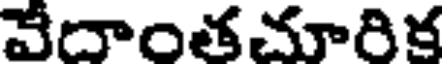
వేదాంతచూరిక